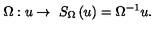
\Omega : u \rightarrow \ { S _ { \Omega } } \left( u \right) = { { \Omega } ^ { - 1 } } u .